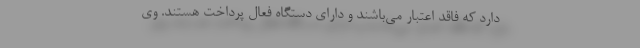
دارد که فاقد اعتبار می‌باشند و دارای دستگاه فعال پرداخت هستند. وی